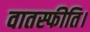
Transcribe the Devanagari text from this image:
वातस्फीति।